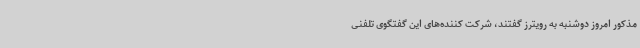
مذکور امروز دوشنبه به رویترز گفتند، شرکت کننده‌های این گفتگوی تلفنی